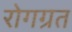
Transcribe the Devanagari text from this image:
रोगग्रत